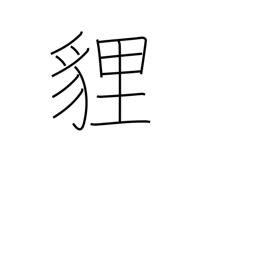
Meaning: a fox-like animal